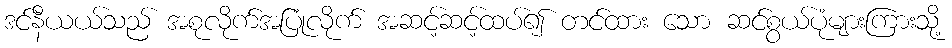
ဒင်နီယယ်သည် အစုလိုက်အပြုံလိုက် အဆင့်ဆင့်ထပ်၍ တင်ထား သော ဆင်စွယ်ပုံများကြားသို့